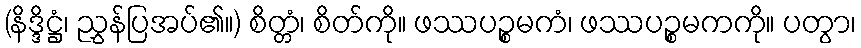
(နိဒ္ဒိဋ္ဌံ၊ ညွှန်ပြအပ်၏။) စိတ္တံ၊ စိတ်ကို။ ဖဿပဉ္စမကံ၊ ဖဿပဉ္စမကကို။ ပတွာ၊